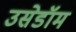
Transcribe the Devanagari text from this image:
उसेडॉम